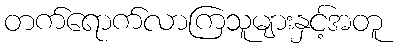
တက်ရောက်လာကြသူများနှင့်အတူ